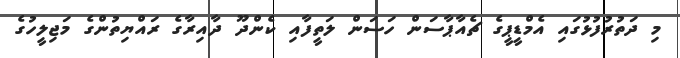
މި ދަތުރުފުޅުގައި އެމްޑީޕީގެ ޗެއާޕާސަން ހަސަން ލަތީފާއި ކެންދޫ ދާއިރާގެ ރައްޔިތުންގެ މަޖިލީހުގެ